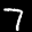
Label: 7